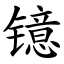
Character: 镱